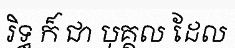
រិទ្ធ ក៏ ជា បុគ្គល ដែល